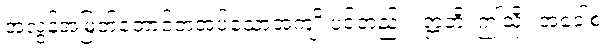
အလွန်အမြတ်တောင့်တအပ်သောအကျိုးပင်တည်း။ ဣတိ၊ ဤသို့။ အဝေါစ၊